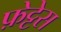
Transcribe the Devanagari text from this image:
फ़ेट्टेस